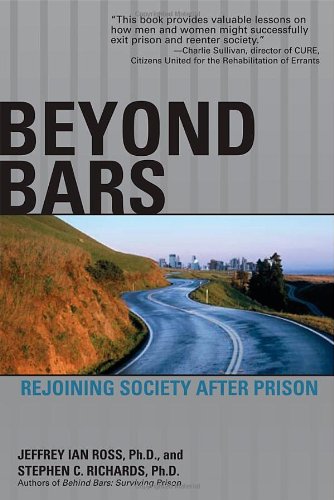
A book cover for Beyond Bars: Rejoining Society After Prison; Jeffrey Ian Ross; Biographies & Memoirs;